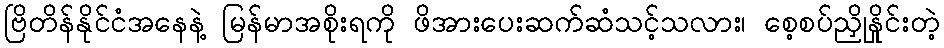
ဗြိတိန်နိုင်ငံအနေနဲ့ မြန်မာအစိုးရကို ဖိအားပေးဆက်ဆံသင့်သလား၊ စေ့စပ်ညှိုနှိုင်းတဲ့